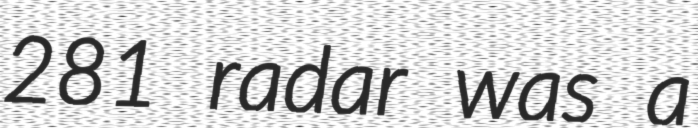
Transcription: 281 radar was a